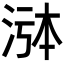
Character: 𬇸